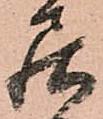
居